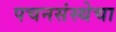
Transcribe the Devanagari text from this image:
पचनसंस्थेचा